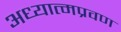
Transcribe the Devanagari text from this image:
अध्यात्मप्रवण